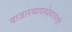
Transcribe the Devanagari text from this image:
बाजारव्यवस्थेबाबतही